Etiology and epidemiology of plague
Disease focus: Plague
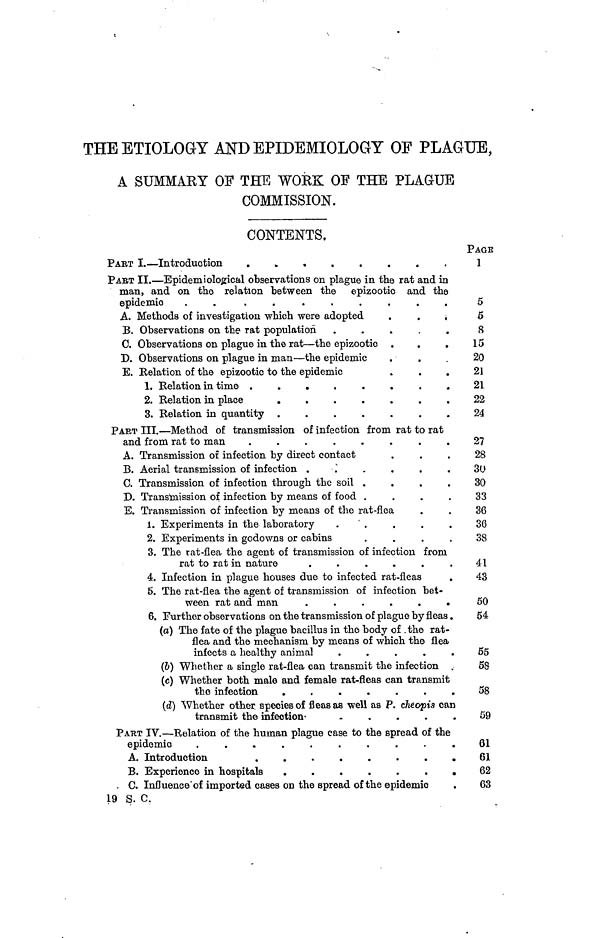
THE ETIOLOGY AND EPIDEMIOLOGY OF PLAGUE,
A SUMMARY OF THE WORK OF THE PLAGUE
COMMISSION.
CONTENTS.
PART I. Introduction
.........
PART II. — Epidemiological observations on plague in the rat and in
man, and on the relation between the epizootie and the
epidemie
.
.
.
.
.
.
.
A. Methods of investigation which were adopted
.
.
.
B. Observations on the rat population .
.
.
.
.
C. Observations on plague in the rat — the epizootic .
.
D. Observations on plague in man — the epidemic
E. Relation of the epizootic to the epidemic
.
.
.
1. Relation in time .
.
.
.
.
.
.
.
2. Relation in place
.
.
.
.
.
.
.
3. Relation in quantity .
.
.
.
.
.
.
PART III. — Method of transmission of infection from rat to rat
and from rat to man .
.
.
.
.
.
.
.
A. Transmission of infection by direct contact
B. Aerial transmission of infection .
0. Transmission of infection through the soil .
.
.
.
D. Transmission of infection by means of food .
.
.
.
E. Transmission of infection by means of the rat-flea
1. Experiments in the laboratory
.
2. Experiments in godowns or cabins
.
.
.
.
3. The rat-flea the agent of transmission of infection from
rat to rat in nature
.
.
.
.
.
.
4. Infection in plague houses due to infected rat-fleas
5. The rat-flea the agent of transmission of infection bet-
ween rat and man .
.
.
.
.
.
6. Further observations on the transmission of plague by fleas .
(a) The fate of the plague bacillus in the body of the rat-
flea and the mechanism by means of which the flea
infects a healthy animal .
.
.
.
.
(6) Whether a single rat-flea can transmit the infection
(c) Whether both male and female rat-fleas can transmit
the infection
.
.
.
.
.
.
.
(d) Whether other species of fleas as well as P. cheopis can
transmit the infection
.
.
.
.
PART IV. — Relation of the human plague case to the spread of the
epidemie
.
.
.
.
.
.
.
.
.
.
A. Introduction
.
.
.
.
.
.
.
.
B. Experience in hospitals
.
.
.
.
.
.
.
. C. Influence of imported cases on the spread of the epidemie
19 S. C.
PAGE
1
5
5
8
15
20
21
21
22
24
27
28
30
30
33
36
36
38
41
43
50
54
55
68
58
59
61
61
62
63